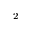
_ 2